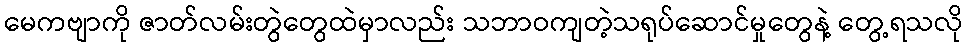
မေကဗျာကို ဇာတ်လမ်းတွဲတွေထဲမှာလည်း သဘာဝကျတဲ့သရုပ်ဆောင်မှုတွေနဲ့ တွေ့ရသလို